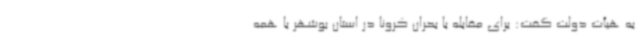
به هیأت دولت گفت: برای مقابله با بحران کرونا در استان بوشهر با همه